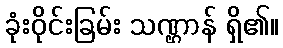
ခုံးဝိုင်းခြမ်း သဏ္ဌာန် ရှိ၏။